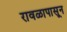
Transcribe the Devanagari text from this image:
रावळापासून